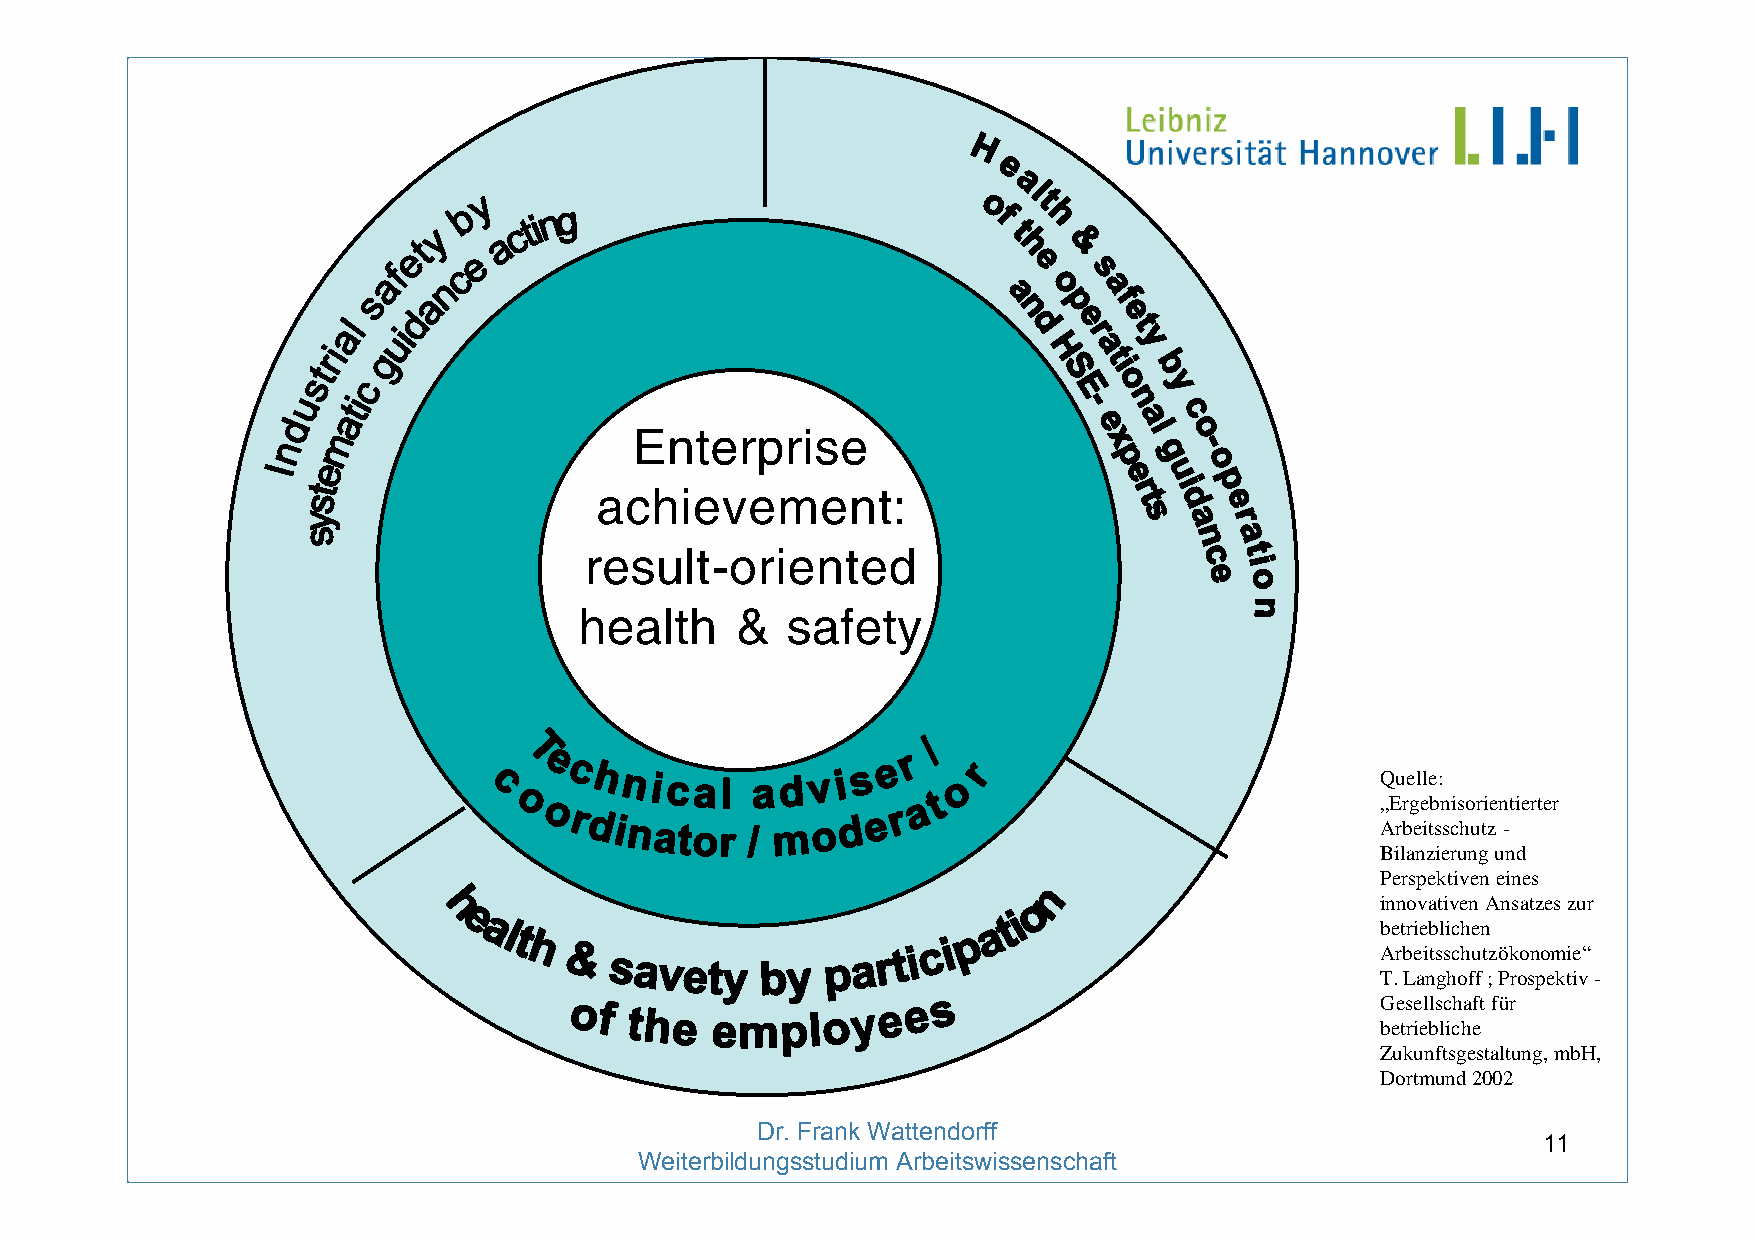
Enterprise
 achievement:
 result-oriented
 0
 health     &  safety
 Quelle:
 „Ergebnisorientierter
 Arbeitsschutz -
 Bilanzierung und
 Perspektiven eines
 innovativen Ansatzes zur
 betrieblichen
 Arbeitsschutzökonomie“
 T. Langhoff ; Prospektiv -
 Gesellschaft für
 betriebliche
 Zukunftsgestaltung, mbH,
 Dortmund 2002
 Dr. Frank Wattendorff
 11
 Weiterbildungsstudium Arbeitswissenschaft